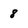
Character: 8